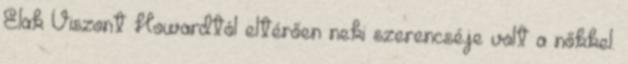
Elak Viszont Howardtól eltérően neki szerencséje volt a nőkkel.